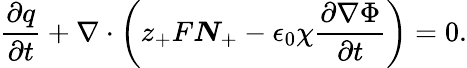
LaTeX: \frac{\partial q}{\partial t}+\nabla\cdot\left(z_{+}F\boldsymbol{N}_{+}-\epsilon_{0}\chi\frac{\partial\nabla\Phi}{\partial t}\right)=0.